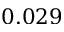
0 . 0 2 9